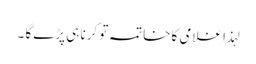
لہذا غلامی کا خاتمہ تو کرنا ہی پڑے گا ۔